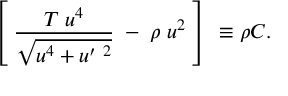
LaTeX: \left[ \; \frac { T \; u ^ { 4 } } { \sqrt { u ^ { 4 } + u ^ { \prime \ 2 } } } \; - \; \rho \; u ^ { 2 } \; \right] \ \equiv \rho C .